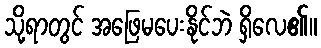
သို့ရာတွင် အဖြေမပေးနိုင်ဘဲ ရှိလေ၏။